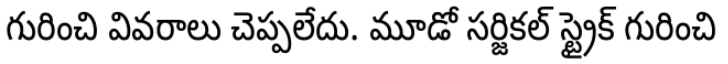
గురించి వివరాలు చెప్పలేదు. మూడో సర్జికల్ స్ట్రైక్ గురించి